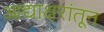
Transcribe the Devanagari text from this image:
आद्याक्षरांतून